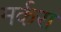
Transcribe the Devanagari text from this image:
मर्करा